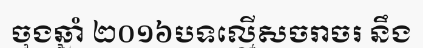
ចុងឆ្នាំ ២០១៦បទល្មើសចរាចរ នឹង